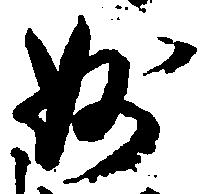
妙